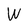
Character: W